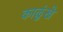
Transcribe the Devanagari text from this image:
काळुंखे